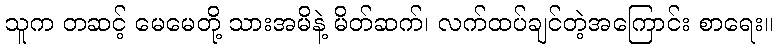
သူက တဆင့် မေမေတို့ သားအမိနဲ့ မိတ်ဆက်၊ လက်ထပ်ချင်တဲ့အကြောင်း စာရေး။